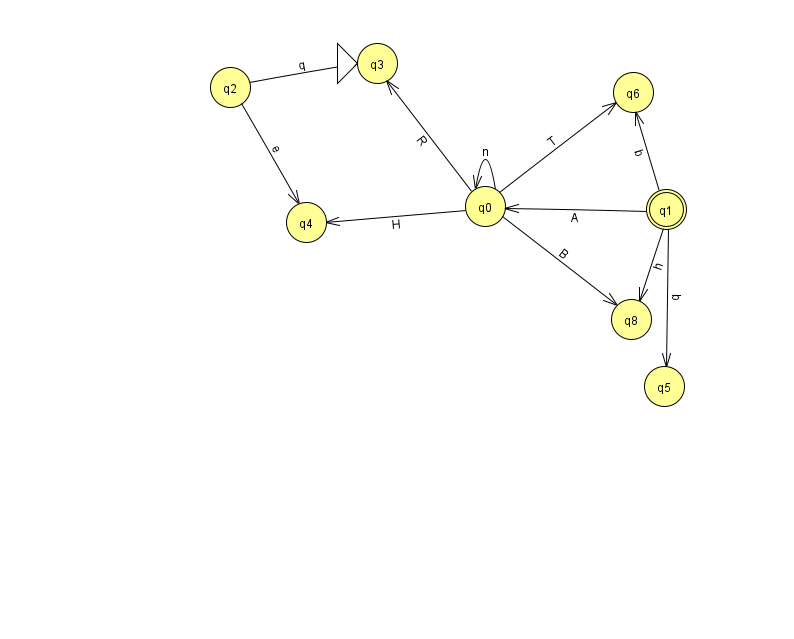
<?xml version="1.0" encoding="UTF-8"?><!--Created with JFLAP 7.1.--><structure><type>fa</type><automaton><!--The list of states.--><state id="0" name="q0"><x>485.0</x><y>193.0</y></state><state id="1" name="q1"><x>666.0</x><y>196.0</y><final/></state><state id="2" name="q2"><x>230.0</x><y>74.0</y></state><state id="3" name="q3"><x>377.0</x><y>50.0</y><initial/></state><state id="4" name="q4"><x>306.0</x><y>209.0</y></state><state id="5" name="q5"><x>664.0</x><y>373.0</y></state><state id="6" name="q6"><x>633.0</x><y>79.0</y></state><state id="8" name="q8"><x>631.0</x><y>306.0</y></state><!--The list of transitions.--><transition><from>0</from><to>6</to><read>T</read></transition><transition><from>1</from><to>8</to><read>h</read></transition><transition><from>1</from><to>0</to><read>A</read></transition><transition><from>1</from><to>6</to><read>b</read></transition><transition><from>0</from><to>4</to><read>H</read></transition><transition><from>0</from><to>3</to><read>R</read></transition><transition><from>0</from><to>8</to><read>B</read></transition><transition><from>1</from><to>5</to><read>q</read></transition><transition><from>2</from><to>3</to><read>q</read></transition><transition><from>0</from><to>0</to><read>n</read></transition><transition><from>2</from><to>4</to><read>e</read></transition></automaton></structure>